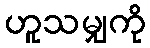
ဟူသမျှကို